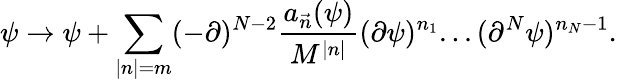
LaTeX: \psi\rightarrow\psi+\sum_{|n|=m}(-\partial)^{N-2}\frac{a_{\vec{n}}(\psi)}{M^{|n|}}(\partial\psi)^{n_{1}}...(\partial^{N}\psi)^{n_{N}-1}.